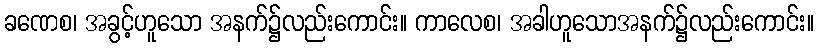
ခဏေစ၊ အခွင့်ဟူသော အနက်၌လည်းကောင်း။ ကာလေစ၊ အခါဟူသောအနက်၌လည်းကောင်း။